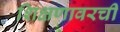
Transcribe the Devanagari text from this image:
शिक्षणावरची